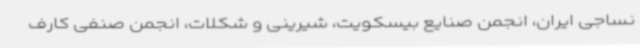
نساجی ایران، انجمن صنایع بیسکویت، شیرینی و شکلات، انجمن صنفی کارف